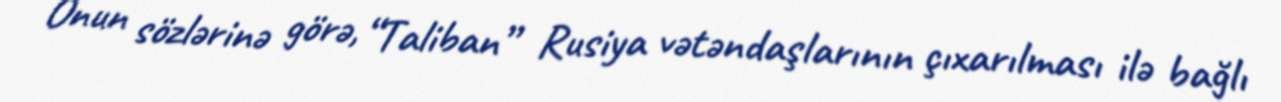
Onun sözlərinə görə, “Taliban” Rusiya vətəndaşlarının çıxarılması ilə bağlı